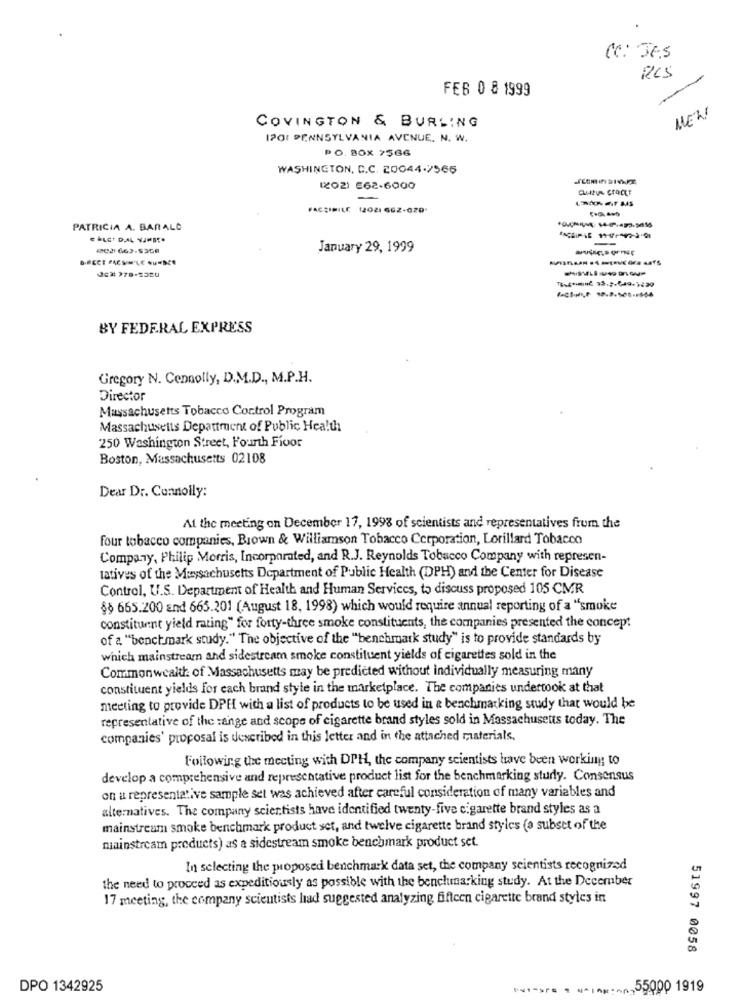
CC: JE.s
RES
FEB 0 8 1999
HEN
COVINGTON & BURLING
I201 PENNSYLVANIA AVENUE. N. W.
PO. BOX 7566
WASHINGTON, C.C. 20044.7566
(202) E62-6000
-
FACSIMILE (2021 602-020"
PATRICIA A. BARALO
January 29, 1999
BY FEDERAL EXPRESS
Gregory N. Cennolly, D.M.D ., M.P.H.
Director
Massachusetts Tobacco Control Program
Massachusetts Department of Public Health
250 Washington Street, Fourth Fioor
Boston, Massachusetts 02108
Dear Dr. Connolly:
At the meeting on December 17, 1998 of scientists and representatives from the
four tobacco companies, Brown & Williamson Tobacco Corporation, Lorillard Tobacco
Company, Philip Morris, Incorporated, and R.J. Reynolds Tobacco Company with represen-
tatives of the Muysachusetts Department of Public Health (DPH) and the Center for Disease
Control, U.S. Department of Health and Human Services, to discuss proposed 105 CMR
§§ 665.200 and 665.201 (August 18, 1998) which would require annual reporting of a "smoke
constituent yield rating" for forty-three smoke constituents, the companies presented the concept
of a "benchmark study." The objective of the "benchmark study" is to provide standards by
which mainstream and sidestream smoke constituent yields of cigarettes sold in the
Commonwealth of Massachusetts may be predicted without individually measuring many
constituent yields for each brand style in the marketplace. The companies undertook at that
meeting to provide DPE with a list of products to be used in & benchmarking study that would be
representative of the range and scope of cigarette brand styles sold in Massachusetts today. The
companies' proposal is described in this letter and in the attached materials.
Following the meeting with DPH, the company scientists have been working; to
develop a comprehensive and representative product list for the benchmarking study. Consensus
on a representative sample set was achieved after careful consideration of many variables and
alternatives. The company scientists have identified twenty-five cigarette brand styles as a
mainstream smoke benchmark product set, and twelve cigarette brand styles (a subset of the
mainstream products) as a sidestream smoke benchmark product set.
In selecting the proposed benchmark data set, the company scientists recognized
the need to proceed as expeditiously as possible with the benclumarking study. At the December
17 meeting, the company scientists had suggested analyzing fifteen cigarette brand styles in
51997 0058
DPO 1342925
51-> - ------ 55000 1919